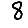
Digit: 8